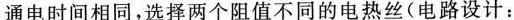
通电时间相同，选择两个阻值不同的电热丝(电路设计：